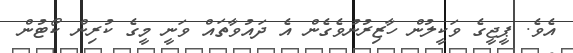
އެވެ. ޕީޖީގެ ވަކީލުން ހާޒިރުނުވެގެން އެ ދައުވާތައް ވަނީ މީގެ ކުރިން ކޯޓުން